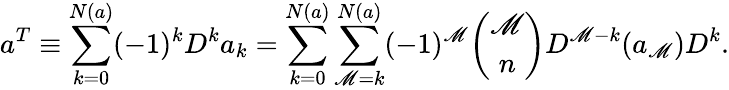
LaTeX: a^{T}\equiv\sum_{k=0}^{N(a)}(-1)^{k}D^{k}a_{k}=\sum_{k=0}^{N(a)}\sum_{\mathscr{M}=k}^{N(a)}(-1)^{\mathscr{M}}{\binom{\mathscr{M}}{n}}D^{\mathscr{M}-k}(a_{\mathscr{M}})D^{k}.